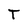
Character: T